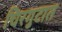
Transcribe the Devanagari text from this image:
चिरगुटात